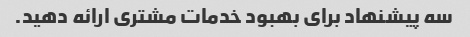
سه پیشنهاد برای بهبود خدمات مشتری ارائه دهید.